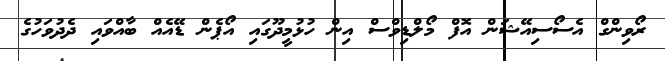
ރޯވިންގް އެސޯސިއޭޝަން އޮފް މޯލްޑިވްސް އިން ހުޅުމީދޫގައި އޯޕެން ޑޭއެއް ބާއްވައި ދެދުވަހުގެ